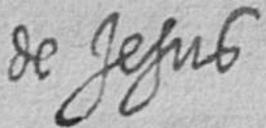
de Jesus